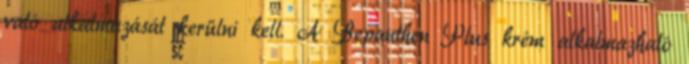
való alkalmazását kerülni kell. A Bepanthen Plus krém alkalmazható